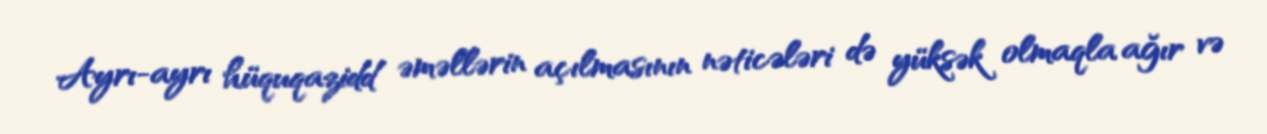
Ayrı-ayrı hüquqazidd əməllərin açılmasının nəticələri də yüksək olmaqla ağır və